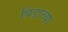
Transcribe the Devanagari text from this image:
बिडाच्या